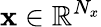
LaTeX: \mathbf{x}\in\mathbb{R}^{N_{x}}